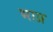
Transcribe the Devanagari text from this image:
भाप्र